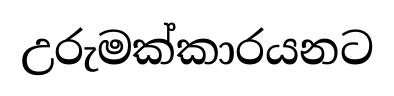
උරුමක්කාරයනට